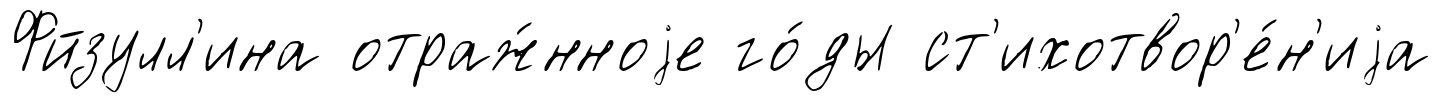
Фйзулл'ина отраж́нноjе го́ды ст'ихотвор'е́н'иjа